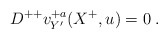
\begin{align*}D^{++} v^{+a}_{Y'}(X^+,u) = 0\; .\end{align*}